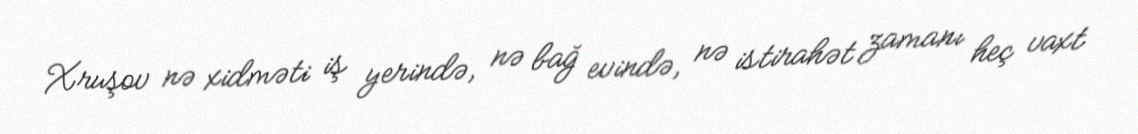
Xruşov nə xidməti iş yerində, nə bağ evində, nə istirahət zamanı heç vaxt